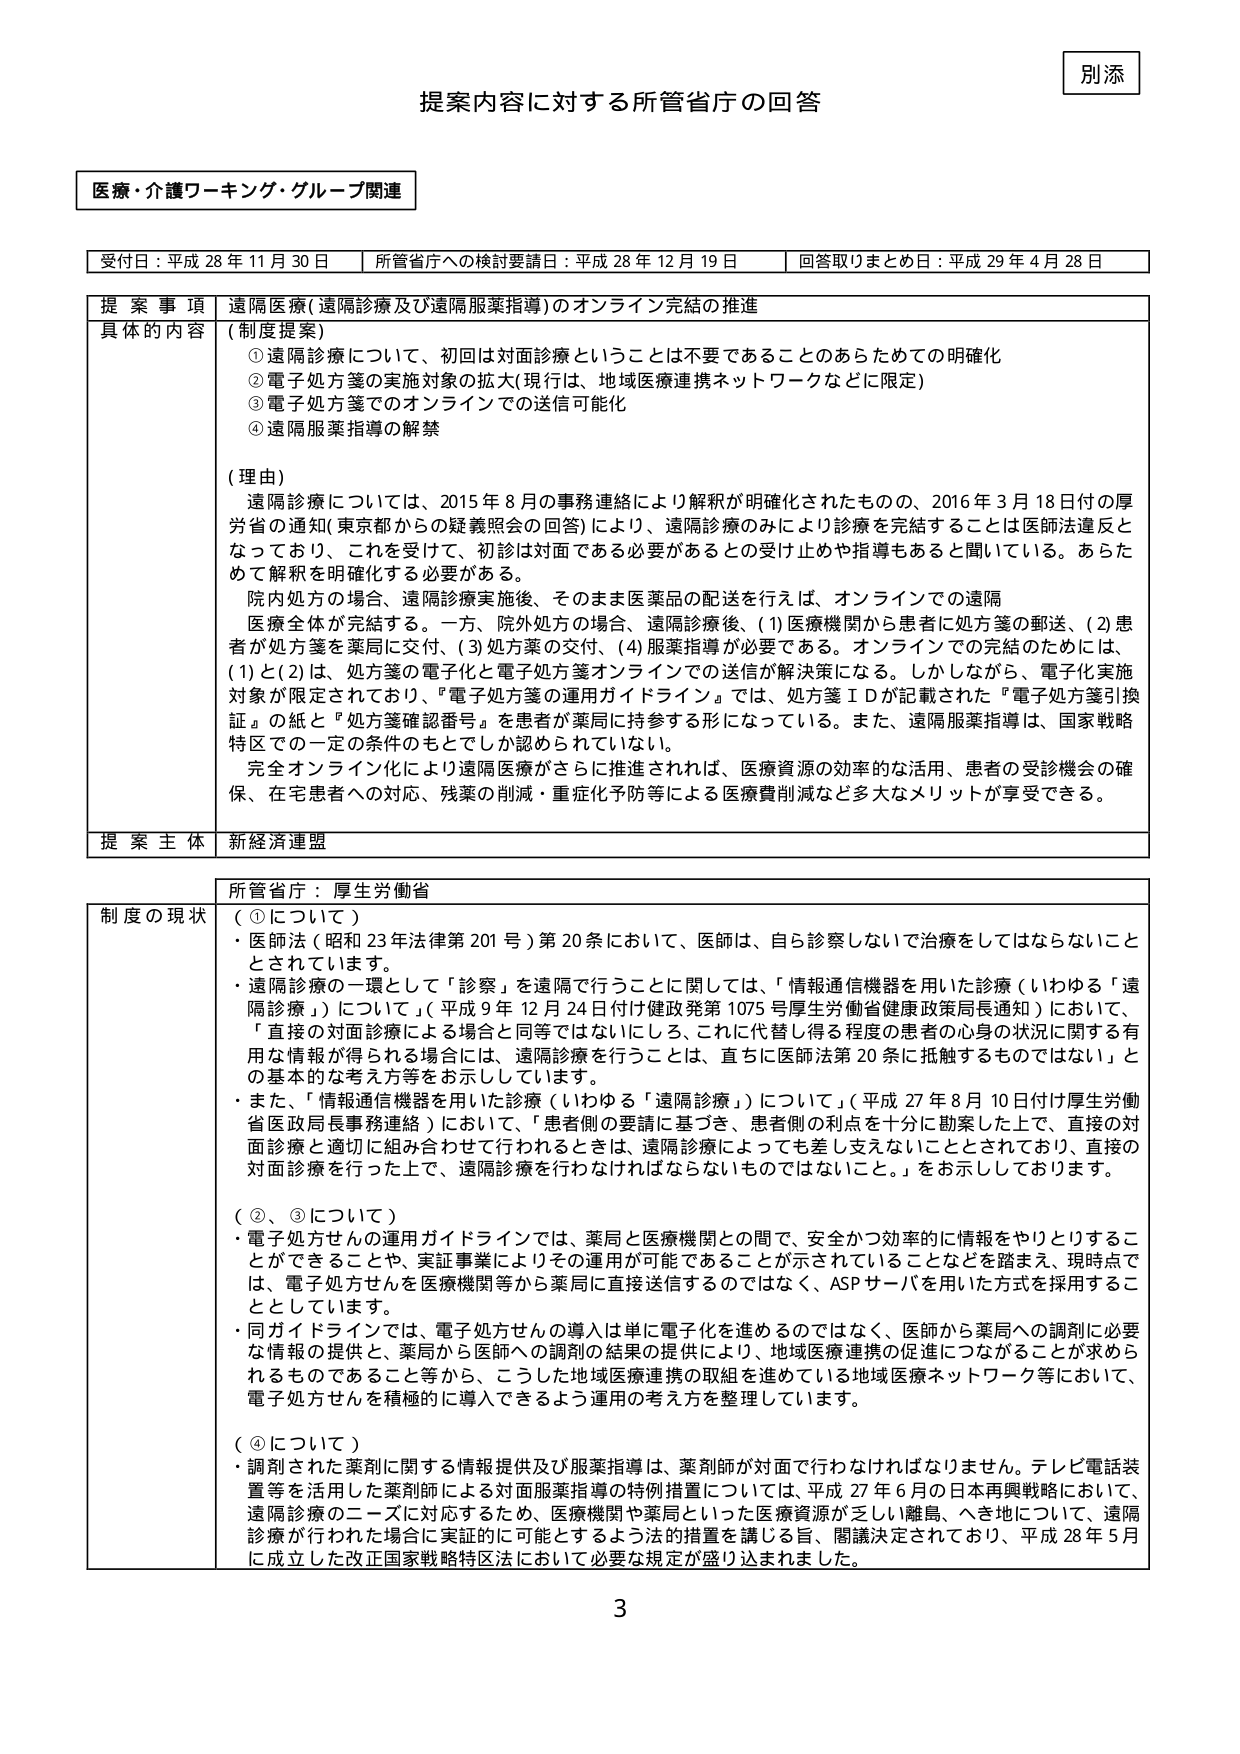
別添

提案内容に対する所管省庁の回答

医療・介護ワーキング・グループ関連

受付日：平成 28 年 11 月 30 日　　所管省庁への検討要請日：平成 28 年 12 月 19 日　　回答取りまとめ日：平成 29 年 4 月 28 日

提案事項　遠隔医療（遠隔診療及び遠隔服薬指導）のオンライン完結の推進

具体的な内容　（制度提案）
① 遠隔診療について、初回は対面診療ということは不要であることのあらためての明確化
② 電子処方箋の実施対象の拡大（現行は、地域医療連携ネットワークなどに限定）
③ 電子処方箋でのオンラインでの送信可能化
④ 遠隔服薬指導の解禁

（理由）
遠隔診療については、2015 年 8 月の事務連絡により解釈が明確化されたものの、2016 年 3 月 18 日付の厚労省の通知（東京都からの疑義照会の回答）により、遠隔診療のみにより診療を完結することは医師法違反となっており、これを受けて、初診は対面である必要があるとの受け止めや指導もあると聞いています。あらためて解釈を明確化する必要がある。

院内処方の場合、遠隔診療実施後、そのまま医薬品の配送を行えば、オンラインでの遠隔医療全体が完結する。一方、院外処方の場合、遠隔診療後、（1）医療機関から患者に処方箋の郵送、（2）患者が処方箋を薬局に交付、（3）処方箋の交付、（4）服薬指導が必要である。オンラインでの完結のためには、（1）と（2）は、処方箋の電子化と電子処方箋オンラインでの送信が解決策になる。しかしながら、電子化実施対象が限定されており、『電子処方箋の運用ガイドライン』では、処方箋ＩＤが記載された『電子処方箋引換証』の紙と『処方箋確認番号』を患者が薬局に持参する形になっている。また、遠隔服薬指導は、国家戦略特区での一定の条件のもとでしか認められていない。

完全オンライン化により遠隔医療がさらに推進されれば、医療資源の効率的な活用、患者の受診機会の確保、在宅患者への対応、残薬の削減・重症化予防等による医療費削減など多大なメリットが享受できる。

提案主体　新経済連盟

所管省庁：厚生労働省

制度の現状　（①について）
・医師法（昭和 23 年法律第 201 号）第 20 条において、医師は、自ら診察しないで治療をしてはならないこととされています。
・遠隔診療の一環として「診察」を遠隔で行うことに関しては、「情報通信機器を用いた診療（いわゆる「遠隔診療」）について」（平成 9 年 12 月 24 日付け健政発第 1075 号厚生労働省健康政策局長通知）において、「直接の対面診療による場合と同等ではないにしろ、これに代替し得る程度の患者の心身の状況に関する有用な情報が得られる場合には、遠隔診療を行うことは、直ちに医師法第 20 条に抵触するものではない」との基本的な考え方等を示しています。
・また、「情報通信機器を用いた診療（いわゆる「遠隔診療」）について」（平成 27 年 8 月 10 日付け厚生労働省医政局長事務連絡）において、「患者側の要請に基づき、患者側の利点を十分に勘案した上で、直接の対面診療と適切に組み合わせて行われるときは、遠隔診療によっても差し支えないこととされており、直接の対面診療を行った上で、遠隔診療を行わなければならないものではないこと。」を示しております。

（②、③について）
・電子処方せんの運用ガイドラインでは、薬局と医療機関との間で、安全かつ効率的に情報をやりとりすることができることや、実証事業によりその運用が可能であることが示されていることなどを踏まえ、現時点では、電子処方せんを医療機関等から薬局に直接送信するのではなく、ASP サーバを用いた方式を採用することとしています。
・同ガイドラインでは、電子処方せんの導入は単に電子化を進めるのではなく、医師から薬局への調剤に必要な情報の提供と、薬局から医師への調剤の結果の提供により、地域医療連携の促進につながることが求められるものであること等から、こうした地域医療連携の取組を進めている地域医療ネットワーク等において、電子処方せんを積極的に導入できるよう運用の考え方を整理しています。

（④について）
・調剤された薬剤に関する情報提供及び服薬指導は、薬剤師が対面で行わなければなりません。テレビ電話装置等を活用した薬剤師による対面服薬指導の特例措置については、平成 27 年 6 月の日本再興戦略において、遠隔診療のニーズに対応するため、医療機関や薬局といった医療資源が乏しい離島、へき地について、遠隔診療が行われた場合に実証的に可能とするよう法的措置を講じる旨、閣議決定されており、平成 28 年 5 月に成立した改正国家戦略特区法において必要な規定が盛り込まれました。

3